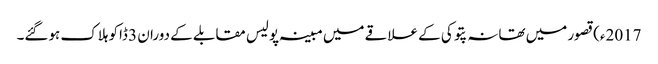
2017ء)قصور میں تھانہ پتوکی کے علاقے میں مبینہ پولیس مقابلے کے دوران 3 ڈاکو ہلاک ہوگئے۔